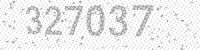
Solution: 327037